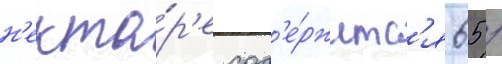
н'екта́р'е сод'е́ржитс'я 65 /